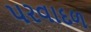
પરવાદળ